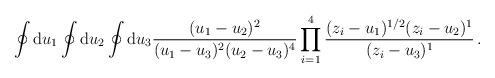
LaTeX: \begin{align*}\oint{\rm d}u_1\oint{\rm d}u_2\oint{\rm d}u_3 \frac{(u_1-u_2)^2}{(u_1-u_3)^2(u_2-u_3)^4}\prod_{i=1}^4 \frac{(z_i-u_1)^{1/2}(z_i-u_2)^1}{(z_i-u_3)^1}\,.\end{align*}